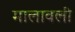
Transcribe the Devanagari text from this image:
मालावली